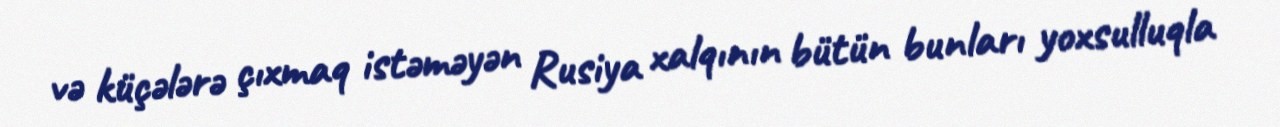
və küçələrə çıxmaq istəməyən Rusiya xalqının bütün bunları yoxsulluqla